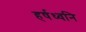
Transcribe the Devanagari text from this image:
हर्षध्वनि